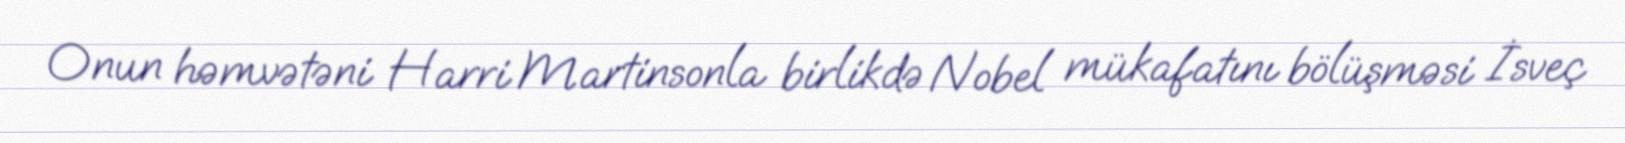
Onun həmvətəni Harri Martinsonla birlikdə Nobel mükafatını bölüşməsi İsveç